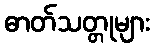
ဓာတ်သတ္တုများ